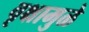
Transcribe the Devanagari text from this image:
वृक्षामुळे